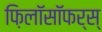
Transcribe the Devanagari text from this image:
फ़िलॉसॉफर्स्